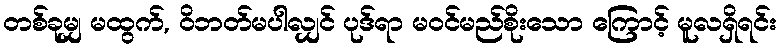
တစ်ခုမျှ မထွက်, ဝိဘတ်မပါလျှင် ပုဒ်ရာ မဝင်မည်စိုးသော ကြောင့် မူလရှိရင်း